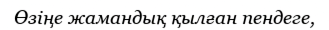
Өзіңе жамандық қылған пендеге,